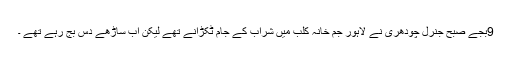
9بجے صبح جنرل چودھری نے لاہور جم خانہ کلب میں شراب کے جام ٹکڑانے تھے لیکن اب ساڑھے دس بج رہے تھے ۔